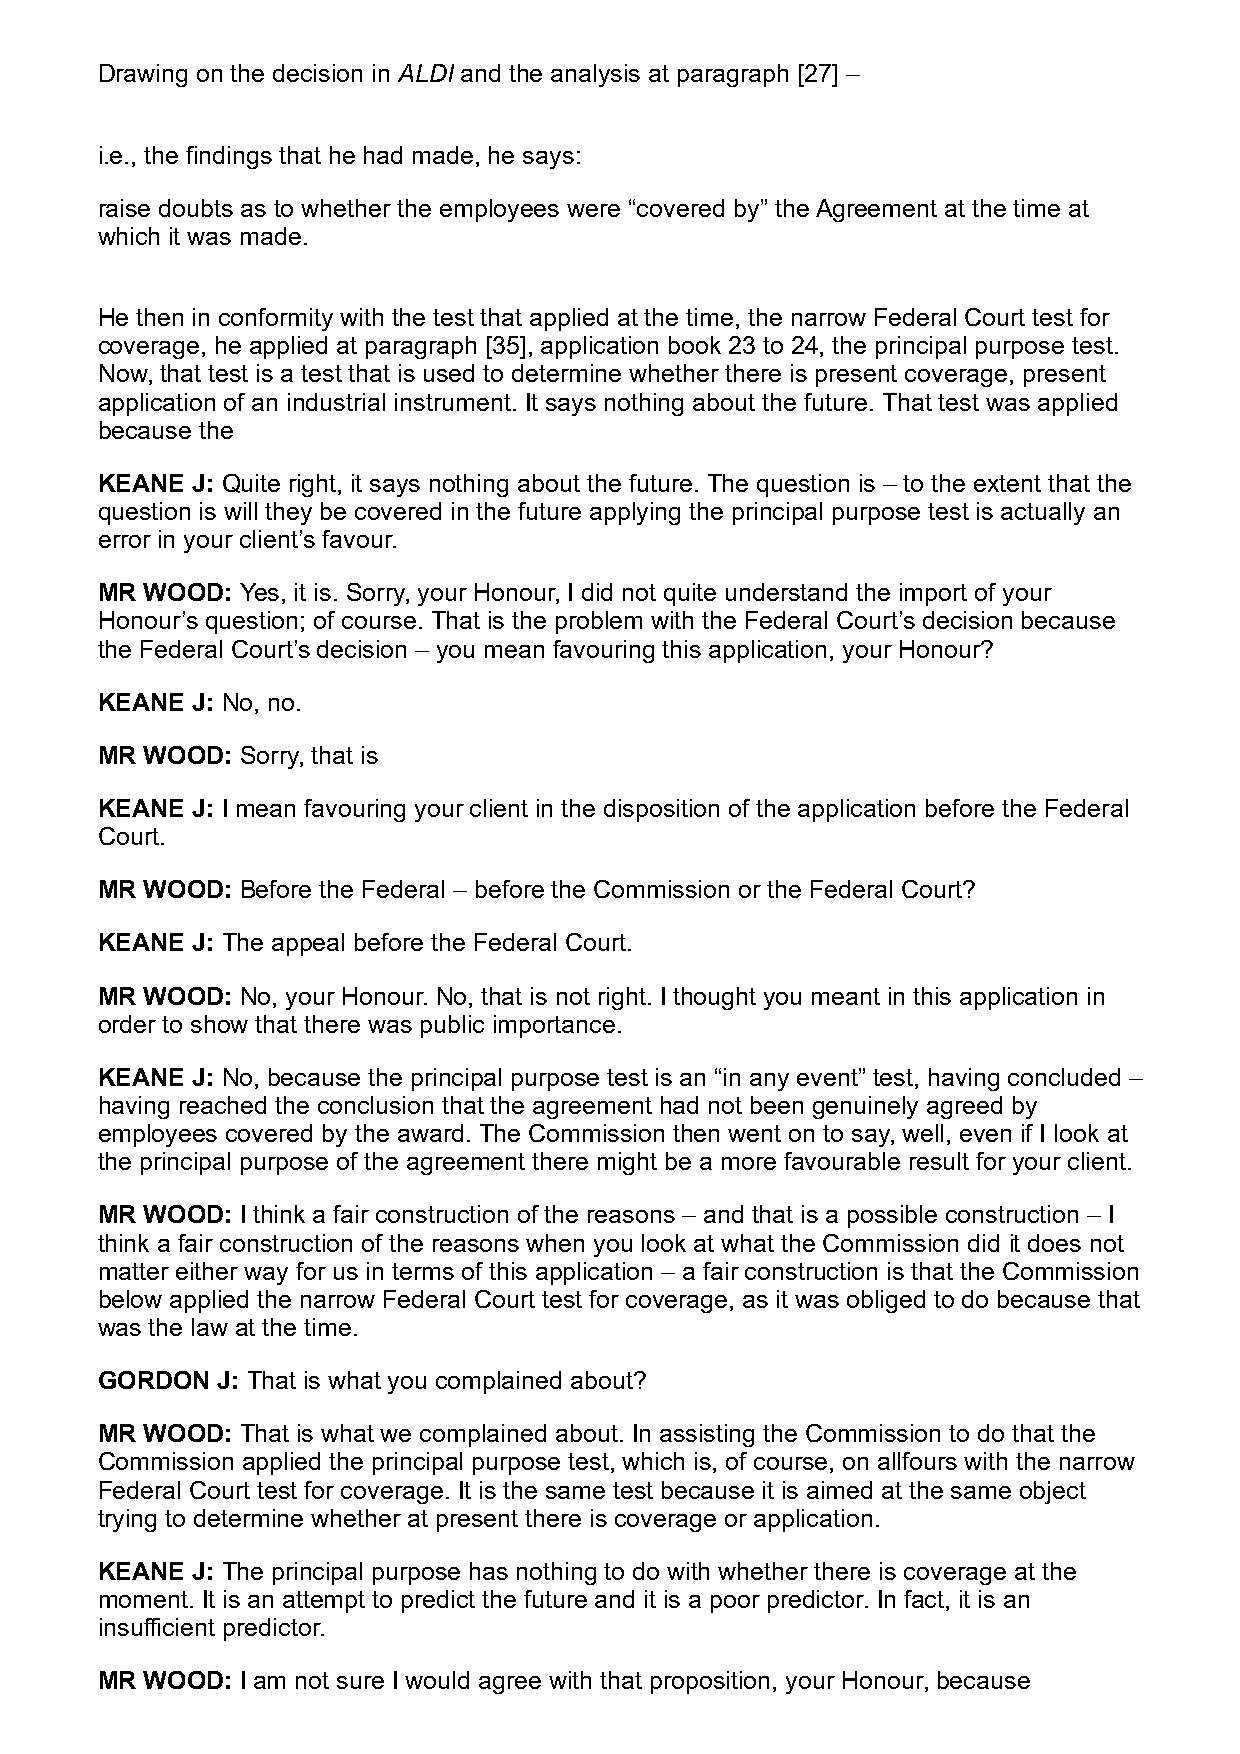
Drawing on the decision in ALDI and the analysis at paragraph [27] –
 i.e., the findings that he had made, he says:
 raise doubts as to whether the employees were “covered by” the Agreement at the time at
 which it was made.
 He then in conformity with the test that applied at the time, the narrow Federal Court test for
 coverage, he applied at paragraph [35], application book 23 to 24, the principal purpose test.
 Now, that test is a test that is used to determine whether there is present coverage, present
 application of an industrial instrument. It says nothing about the future. That test was applied
 because the
 KEANE  J: Quite right, it says nothing about the future. The question is – to the extent that the
 question is will they be covered in the future applying the principal purpose test is actually an
 error in your client’s favour.
 MR  WOOD: Yes, it is. Sorry, your Honour, I did not quite understand the import of your
 Honour’s question; of course. That is the problem with the Federal Court’s decision because
 the Federal Court’s decision – you mean favouring this application, your Honour?
 KEANE  J: No, no.
 MR  WOOD: Sorry, that is
 KEANE  J: I mean favouring your client in the disposition of the application before the Federal
 Court.
 MR  WOOD: Before the Federal – before the Commission or the Federal Court?
 KEANE  J: The appeal before the Federal Court.
 MR  WOOD: No, your Honour. No, that is not right. I thought you meant in this application in
 order to show that there was public importance.
 KEANE  J: No, because the principal purpose test is an “in any event” test, having concluded –
 having reached the conclusion that the agreement had not been genuinely agreed by
 employees covered by the award. The Commission then went on to say, well, even if I look at
 the principal purpose of the agreement there might be a more favourable result for your client.
 MR  WOOD: I think a fair construction of the reasons – and that is a possible construction – I
 think a fair construction of the reasons when you look at what the Commission did it does not
 matter either way for us in terms of this application – a fair construction is that the Commission
 below applied the narrow Federal Court test for coverage, as it was obliged to do because that
 was the law at the time.
 GORDON  J: That is what you complained about?
 MR  WOOD: That is what we complained about. In assisting the Commission to do that the
 Commission applied the principal purpose test, which is, of course, on allfours with the narrow
 Federal Court test for coverage. It is the same test because it is aimed at the same object
 trying to determine whether at present there is coverage or application.
 KEANE  J: The principal purpose has nothing to do with whether there is coverage at the
 moment. It is an attempt to predict the future and it is a poor predictor. In fact, it is an
 insufficient predictor.
 MR  WOOD: I am not sure I would agree with that proposition, your Honour, because